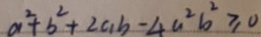
a ^ { 2 } + b ^ { 2 } + 2 a b - 4 a ^ { 2 } b ^ { 2 } \geq 0